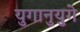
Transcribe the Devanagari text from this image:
युगानुयुगे